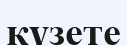
күзете